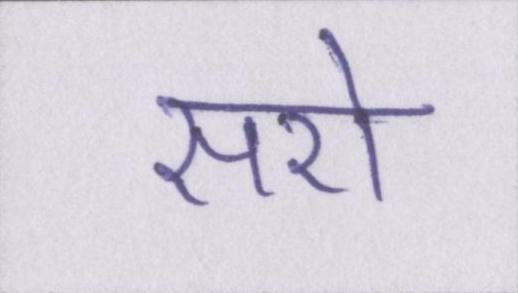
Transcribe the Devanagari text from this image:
सरो